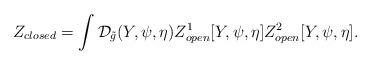
LaTeX: \begin{align*}{Z_{closed}}=\int{\mathcal{D}_{\tilde{g}}}(Y,\psi,\eta){Z_{open}^1}[Y,\psi,\eta]{Z_{open}^2}[Y,\psi,\eta].\end{align*}